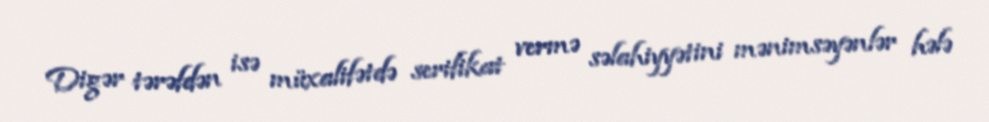
Digər tərəfdən isə müxalifətdə serifikat vermə səlahiyyətini mənimsəyənlər hələ